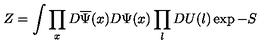
Z = \int \prod _ { x } D \overline { { \Psi } } ( x ) D \Psi ( x ) \prod _ { l } D U ( l ) \exp - S